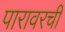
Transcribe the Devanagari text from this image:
पारावरची